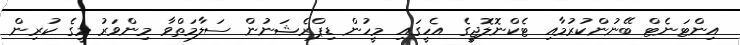
އިންޓަނެޓް ބޭނުންކުރުމާއި ޓެކްނޮލޮޖީގެ އެހީގައި މީހުން ޑިޕްރެޝަނުން ސަލާމަތްވާ މިންވަރު މީގެ ކުރިން